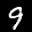
Label: 9